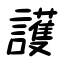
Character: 護